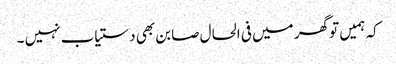
کہ ہمیں تو گھر میں فی الحال صابن بھی دستیاب نہیں ۔